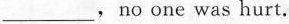
___,no one was hurt.